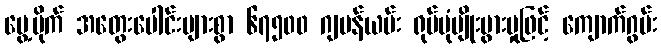
ပွေ့ပိုက် အတွေးပေါင်းများစွာ ၆၇၅၀၀ ဂျပန်ယမ်း ရုပ်ပုံမျိုးပွားမှုဖြင့် ကျောက်ဂွမ်း